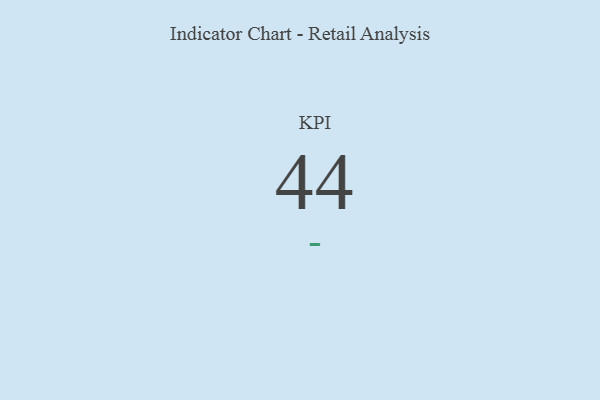
{"axis": {"x": "KPI", "y": "Value"}, "legend": [""], "data": [{"x": "KPI", "y": 44, "type": ""}]}